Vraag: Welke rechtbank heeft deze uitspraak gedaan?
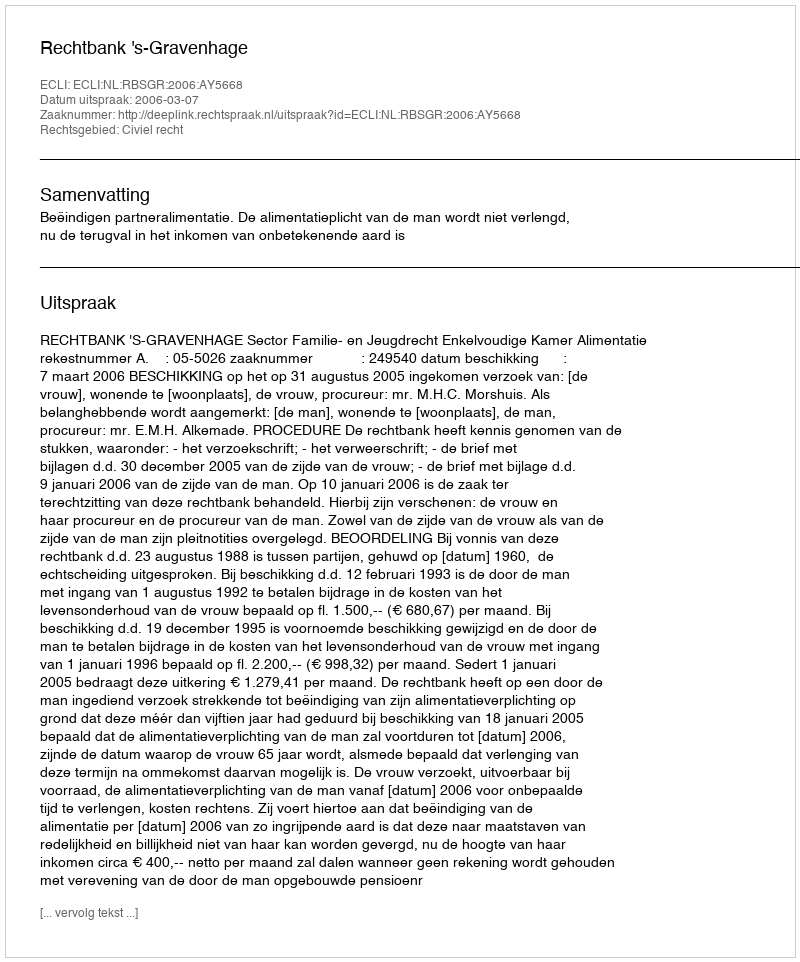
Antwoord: Rechtbank 's-Gravenhage